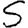
Digit: 5